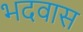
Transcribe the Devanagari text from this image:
भदवास